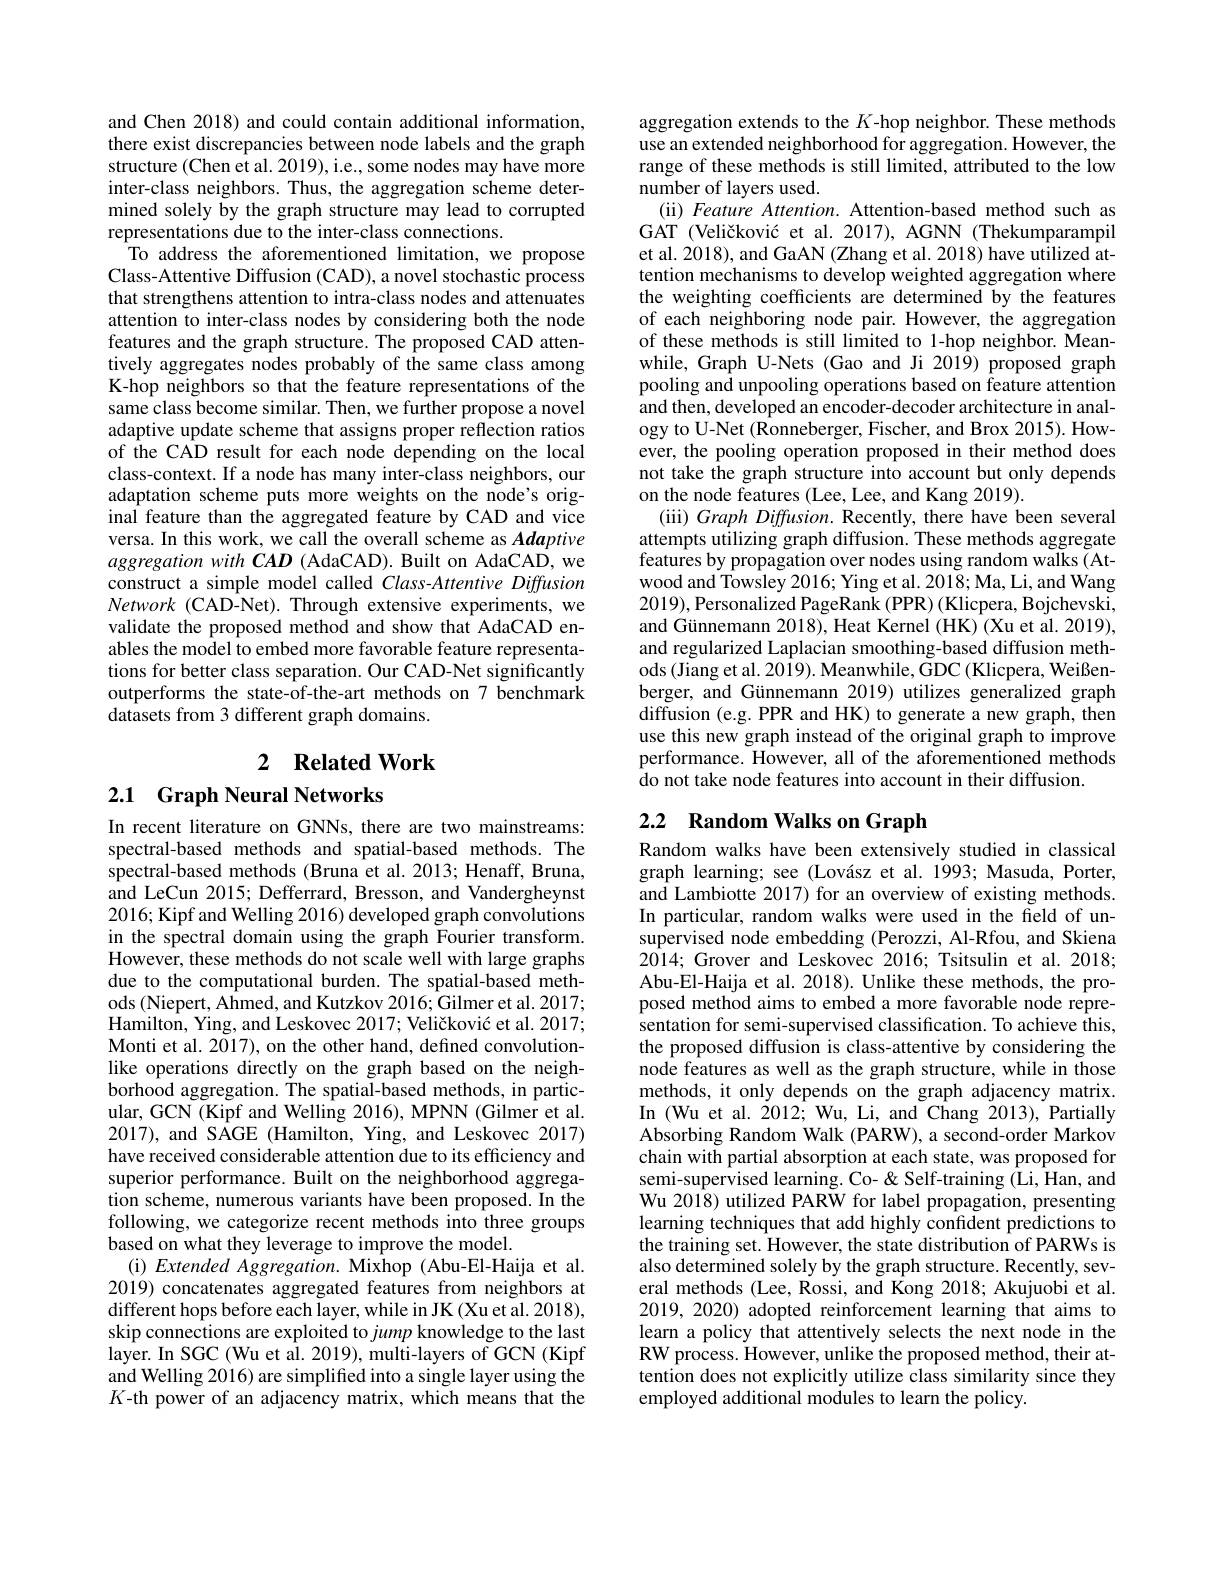
and Chen 2018) and could contain additional information, there exist discrepancies between node labels and the graph structure (Chen et al. 2019), i.e., some nodes may have more inter-class neighbors. Thus, the aggregation scheme determined solely by the graph structure may lead to corrupted representations due to the inter-class connections.
To address the aforementioned limitation, we propose Class-Attentive Diffusion (CAD), a novel stochastic process that strengthens attention to intra-class nodes and attenuates attention to inter-class nodes by considering both the node features and the graph structure. The proposed CAD attentively aggregates nodes probably of the same class among K-hop neighbors so that the feature representations of the same class become similar. Then, we further propose a novel adaptive update scheme that assigns proper reflection ratios of the CAD result for each node depending on the local class-context. If a node has many inter-class neighbors, our adaptation scheme puts more weights on the node's original feature than the aggregated feature by CAD and vice versa. In this work, we call the overall scheme as Adaptive aggregation with CAD (AdaCAD). Built on AdaCAD, we construct a simple model called Class-Attentive Diffusion Network (CAD-Net).Through extensive experiments, we validate the proposed method and show that AdaCAD enables the model to embed more favorable feature representations for better class separation. Our CAD-Net significantly outperforms the state-of-the-art methods on 7 benchmark $\tilde{\text{datasets from 3 different graph domains.}}$

# 2 Related Work

2.1 Graph Neural Networks

In recent literature on GNNs, there are two mainstreams: spectral-based methods and spatial-based methods. The spectral-based methods (Bruna et al. 2013; Henaff, Bruna, and LeCun 2015; Defferrard, Bresson, and Vandergheynst 2016; Kipf and Welling 2016) developed in the spectral domain using the graph Fourier transform. However, these methods do not scale well with large graphs due to the computational burden. The spatial-based methods (Niepert, Ahmed, and Kutzkov 2016; Gilmer et al. 2017; Hamilton, Ying, and Leskovec 2017; Veličković et al. 2017; Monti et al. 2017), on the other hand, defined convolutionlike operations directly on the graph based on the neigh- $\hat{\text{borhood aggregation. The spatial-based methods, in partic-}}$ ular, GCN (Kipf and Welling 2016), MPNN (Gilmer et al. 2017), and SAGE (Hamilton, Ying, and Leskovec 2017) have received considerable attention due to its efficiency and superior performance. Built on the neighborhood aggregation scheme, numerous variants have been proposed. In the following, we categorize recent methods into three groups based on what they leverage to improve
(i) Extended Aggregation. Mixhop (Abu-El-Haija et al. 2019) concatenates aggregated features from neighbors at different hops before each layer, while in JK (Xu et al. 2018), skip connections are exploited to jump layer. In SGC (Wu et al. 2019), multi-layers of GCN (Kipf and Welling 2016) are simplified into a single layer using the $K$-th power of an adjacency matrix, which means that the

aggregation extends to the $K$-hop nei use an extended neighborhood for aggregation. However, the range of these methods is still limited, attributed to the low number of layers used.
(ii) Feature Attention. Attention-base GAT (Veličković et al. 2017), AGNN (Th et al. 2018), and GaAN (Zhang et al. 2 tention mechanisms to develop weighted the weighting coefficients are determi of each neighboring node pair. However, the aggregation of these methods is still limited to 1 while, Graph U-Nets (Gao and Ji 2019) pooling and unpooling operations based and then, developed an encoder- decode ogy to U-Net (Ronneberger, Fischer, an ever, the pooling operation proposed i not take the graph structure into acco on the node features (Lee, Lee, and Kang 2019).
(iii) Graph Diffusion. Recently, there attempts utilizing graph diffusion. Th features by propagation over nodes usi wood and Towsley 2016; Ying et al. 2012019),Personalized PageRank (PPR) (K and Günnemann 2018), Heat Kernel (HK) and regularized Laplacian smoothing-ba ods (Jiang et al. 2019). Meanwhile, GDC (Klicpera, Weißenberger, and Günnemann 2019) utilizes g diffusion (e.g. PPR and HK) to generate a new graph, then use this new graph instead of the orig performance. However, all of the afore $\hat{\text{do not take node features into account in their diffusion.}}$
2.2 Random Walks on Graph

Random walks have been extensively studied in classical graph learning; see (Lovász et al. 1993; Masuda, Porter, and Lambiotte 2017) for an overview of existing methods. In particular, random walks were used in the field of unsupervised node embedding (Perozzi, Al-Rfou, and Skiena 2014; Grover and Leskovec 2016; Tsitsulin et al. 2018; Abu-El-Haija et al. 2018). Unlike these methods, the proposed method aims to embed a more favorable node representation for semi-supervised classification. To achieve this, the proposed diffusion is class-attentive by considering the node features as well as the graph structure, while in those methods, it only depends on the graph adjacency matrix. In (Wu et al. 2012; Wu, Li, and Chang 2013), Partially Absorbing Random Walk (PARW), a second-order Markov chain with partial absorption at each state, was proposed for semi-supervised learning. Co- & Self-training (Li, Han, and Wu 2018) utilized PARW for label propagation, presenting learning techniques that add highly confident predictions to the training set. However, the state distribution of PARWs is also determined solely by the graph structure. Recently, several methods (Lee, Rossi, and Kong 2018; Akujuobi et al. 2019, 2020) adopted reinforcement learning that aims to learn a policy that attentively selects the next node in the RW process. However, unlike the proposed method, their attention does not explicitly utilize class similarity since they employed additional modules to learn the policy.